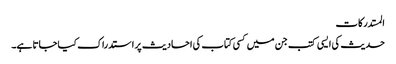
المستدرکات
حدیث کی ایسی کتب جن میں کسی کتاب کی احادیث پر استدراک کیا جاتا ہے۔